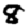
Digit: 8